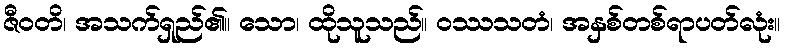
ဇီဝတိ၊ အသက်ရှည်၏။ သော၊ ထိုသူသည်။ ဝဿသတံ၊ အနှစ်တစ်ရာပတ်လုံး။